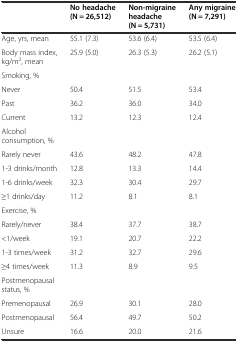
|  | No headache (N = 26,512) | Non-migraine headache (N = 5,731) | Any migraine (N = 7,291) |
 | --- | --- | --- | --- |
 | Age, yrs, mean | 55.1 (7.3) | 53.6 (6.4) | 53.5 (6.4) |
 | Body mass index, kg/m2, mean | 25.9 (5.0) | 26.3 (5.3) | 26.2 (5.1) |
 | Smoking, % |  |  |  |
 | Never | 50.4 | 51.5 | 53.4 |
 | Past | 36.2 | 36.0 | 34.0 |
 | Current | 13.2 | 12.3 | 12.4 |
 | Alcohol consumption, % |  |  |  |
 | Rarely never | 43.6 | 48.2 | 47.8 |
 | 1-3 drinks/month | 12.8 | 13.3 | 14.4 |
 | 1-6 drinks/week | 32.3 | 30.4 | 29.7 |
 | ≥1 drinks/day | 11.2 | 8.1 | 8.1 |
 | Exercise, % |  |  |  |
 | Rarely/never | 38.4 | 37.7 | 38.7 |
 | <1/week | 19.1 | 20.7 | 22.2 |
 | 1-3 times/week | 31.2 | 32.7 | 29.6 |
 | ≥4 times/week | 11.3 | 8.9 | 9.5 |
 | Postmenopausal status, % |  |  |  |
 | Premenopausal | 26.9 | 30.1 | 28.0 |
 | Postmenopausal | 56.4 | 49.7 | 50.2 |
 | Unsure | 16.6 | 20.0 | 21.6 |